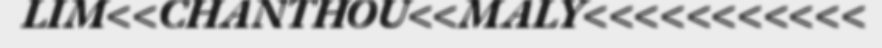
LIM<<CHANTHOU<<MALY<<<<<<<<<<<